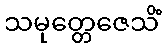
သမုတ္တေဇေသိံ